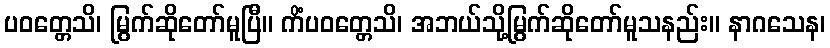
ပဝတ္တေသိ၊ မြွက်ဆိုတော်မူပြီ။ ကိံပဝတ္တေသိ၊ အဘယ်သို့မြွက်ဆိုတော်မူသနည်း။ နာဂသေန၊